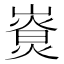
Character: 𡼷